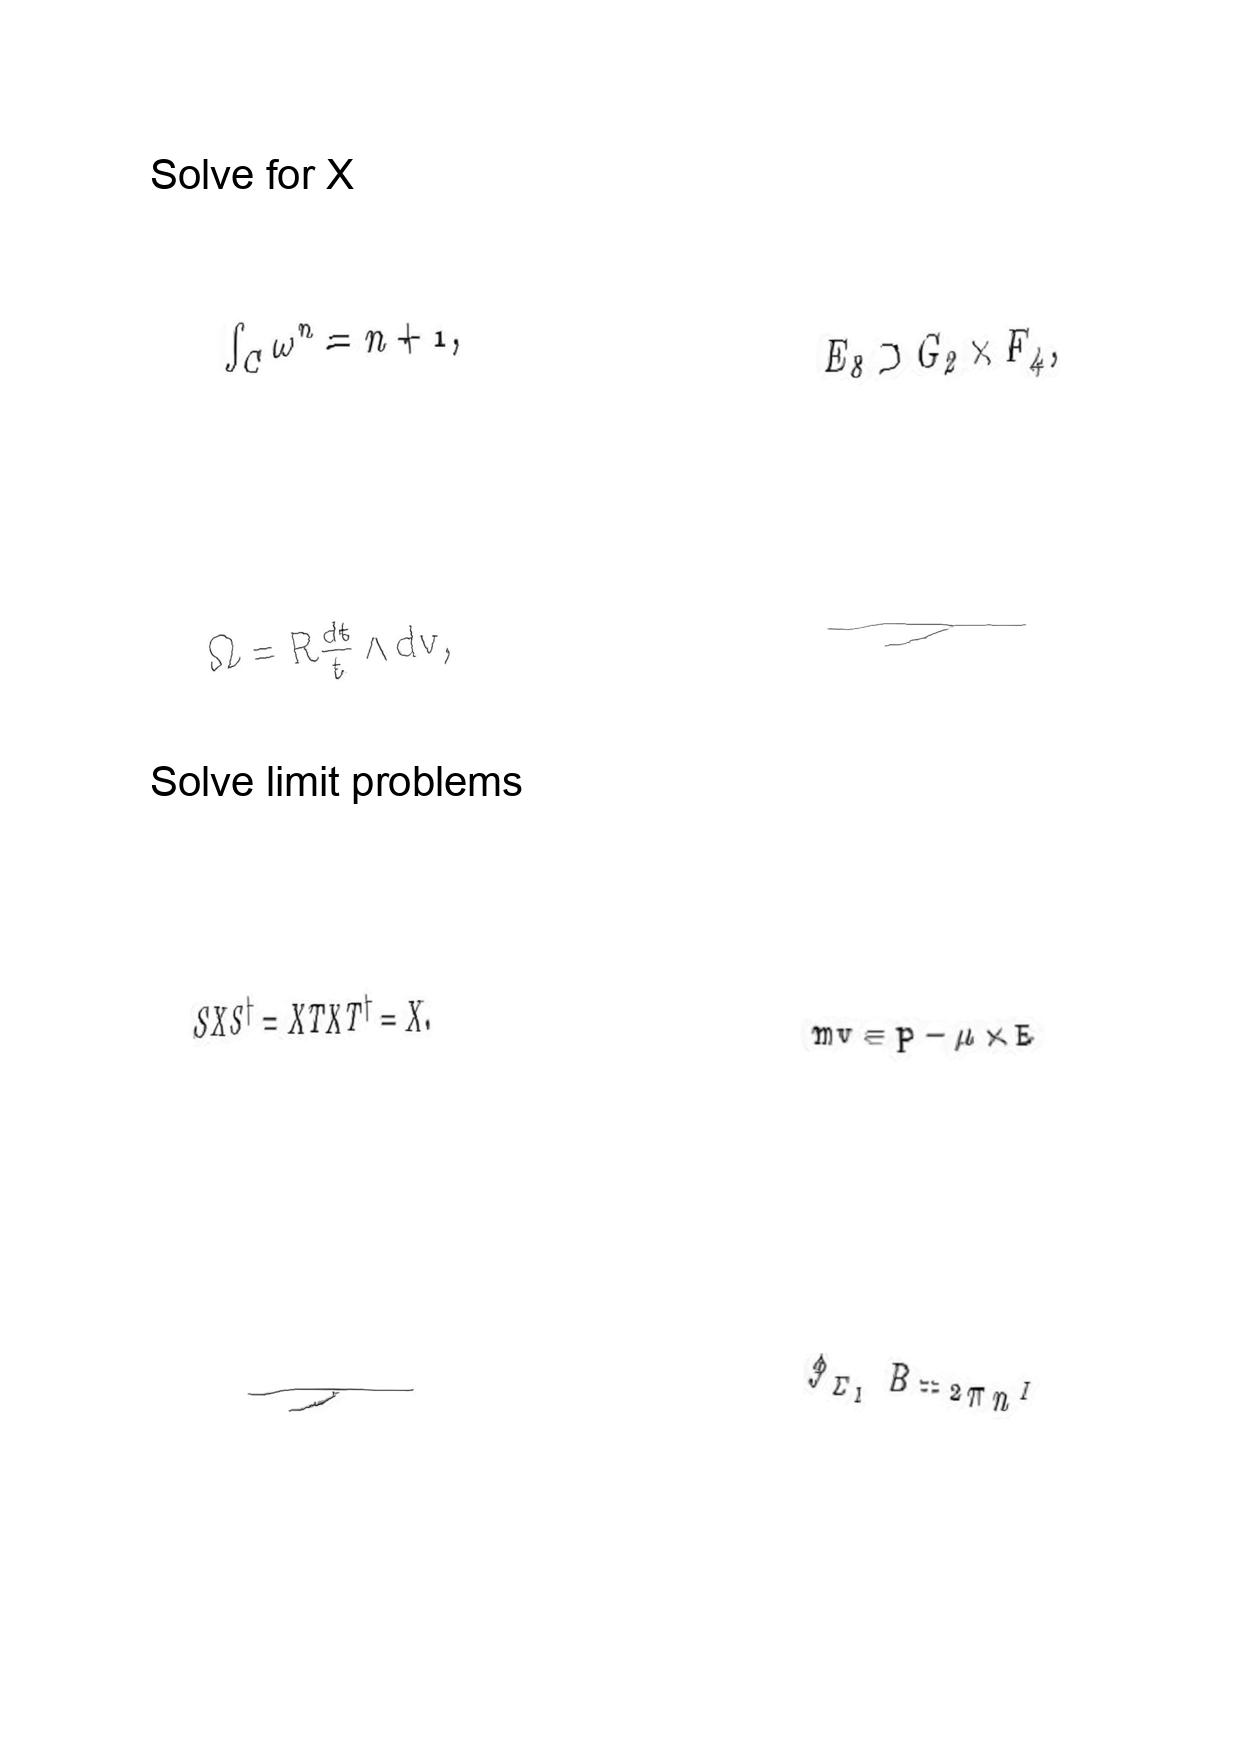
LaTeX transcription:
\int _ { C } \omega ^ { n } = n + 1 ,
\Omega = R \frac { d t } { t } \wedge d v ,
S X S ^ { \dagger } = X T X T ^ { \dagger } = X .
\tau
E _ { 8 } \supset G _ { 2 } \times F _ { 4 } ,
\tau
m v = p - \mu \times E
\oint _ { \Sigma _ { I } } B = 2 \pi n ^ { I }